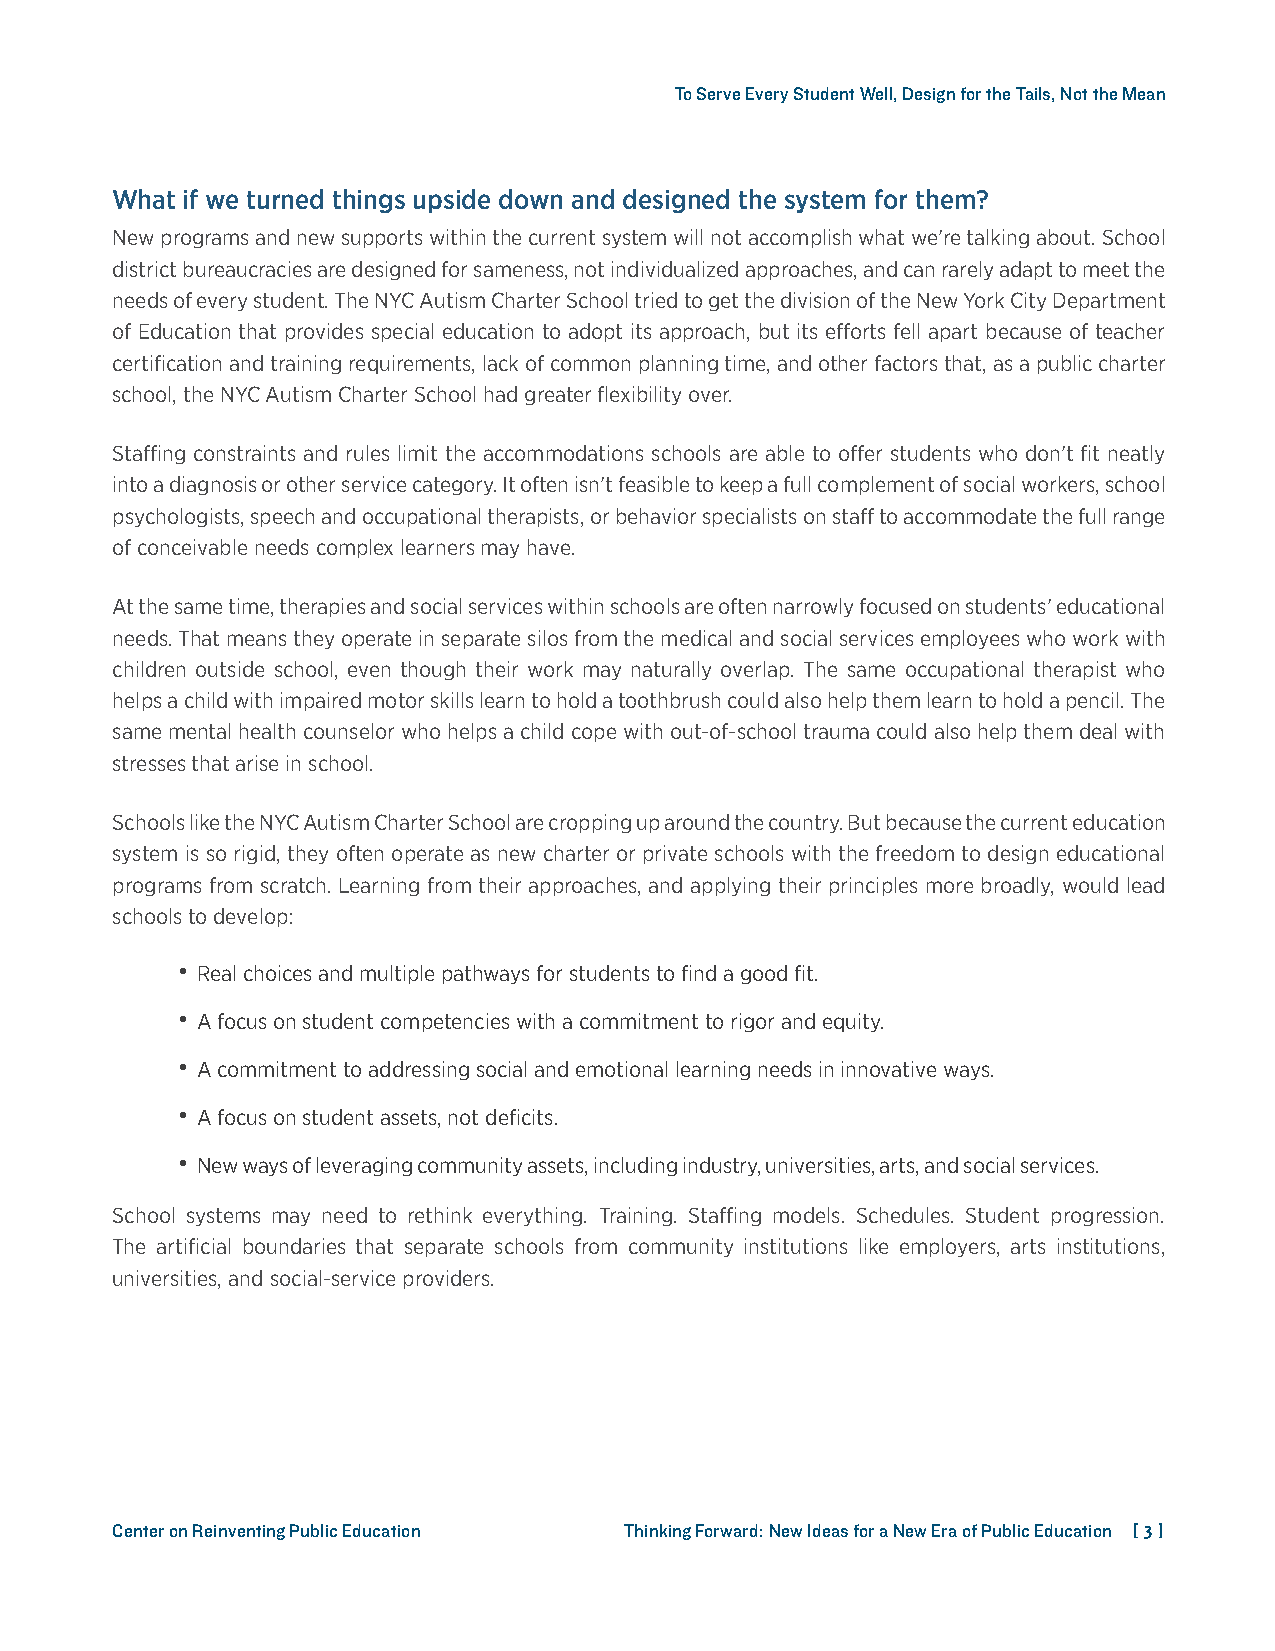
To Serve Every Student Well, Design for the Tails, Not the Mean
 What if we turned things upside down and designed the system for them?
 New programs and new supports within the current system will not accomplish what we’re talking about. School
 district bureaucracies are designed for sameness, not individualized approaches, and can rarely adapt to meet the
 needs of every student. The NYC Autism Charter School tried to get the division of the New York City Department
 of Education that provides special education to adopt its approach, but its efforts fell apart because of teacher
 certification and training requirements, lack of common planning time, and other factors that, as a public charter
 school, the NYC Autism Charter School had greater flexibility over.
 Staffing constraints and rules limit the accommodations schools are able to offer students who don’t fit neatly
 into a diagnosis or other service category. It often isn’t feasible to keep a full complement of social workers, school
 psychologists, speech and occupational therapists, or behavior specialists on staff to accommodate the full range
 of conceivable needs complex learners may have.
 At the same time, therapies and social services within schools are often narrowly focused on students’ educational
 needs. That means they operate in separate silos from the medical and social services employees who work with
 children outside school, even though their work may naturally overlap. The same occupational therapist who
 helps a child with impaired motor skills learn to hold a toothbrush could also help them learn to hold a pencil. The
 same mental health counselor who helps a child cope with out-of-school trauma could also help them deal with
 stresses that arise in school.
 Schools like the NYC Autism Charter School are cropping up around the country. But because the current education
 system is so rigid, they often operate as new charter or private schools with the freedom to design educational
 programs from scratch. Learning from their approaches, and applying their principles more broadly, would lead
 schools to develop:
 • Real choices and multiple pathways for students to find a good fit.
 • A focus on student competencies with a commitment to rigor and equity.
 • A commitment to addressing social and emotional learning needs in innovative ways.
 • A focus on student assets, not deficits.
 • New ways of leveraging community assets, including industry, universities, arts, and social services.
 School systems may need to rethink everything. Training. Staffing models. Schedules. Student progression.
 The artificial boundaries that separate schools from community institutions like employers, arts institutions,
 universities, and social-service providers.
 Center on Reinventing Public Education Thinking Forward: New Ideas for a New Era of Public Education [ 3 ]